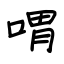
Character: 喟